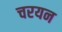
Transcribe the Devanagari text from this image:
चरयन